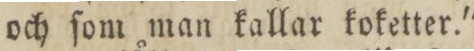
och ſom man kallar koketter.'